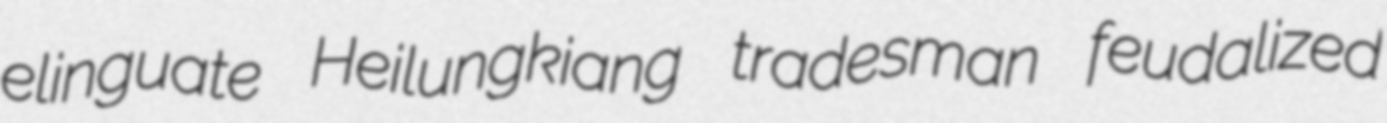
elinguate Heilungkiang tradesman feudalized